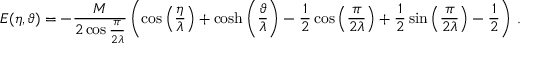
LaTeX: E ( \eta , \vartheta ) = - \frac { M } { 2 \cos \frac { \pi } { 2 \lambda } } \left( \cos \left( \frac { \eta } { \lambda } \right) + \cosh \left( \frac { \vartheta } { \lambda } \right) - \frac { 1 } { 2 } \cos \left( \frac { \pi } { 2 \lambda } \right) + \frac { 1 } { 2 } \sin \left( \frac { \pi } { 2 \lambda } \right) - \frac { 1 } { 2 } \right) \, .